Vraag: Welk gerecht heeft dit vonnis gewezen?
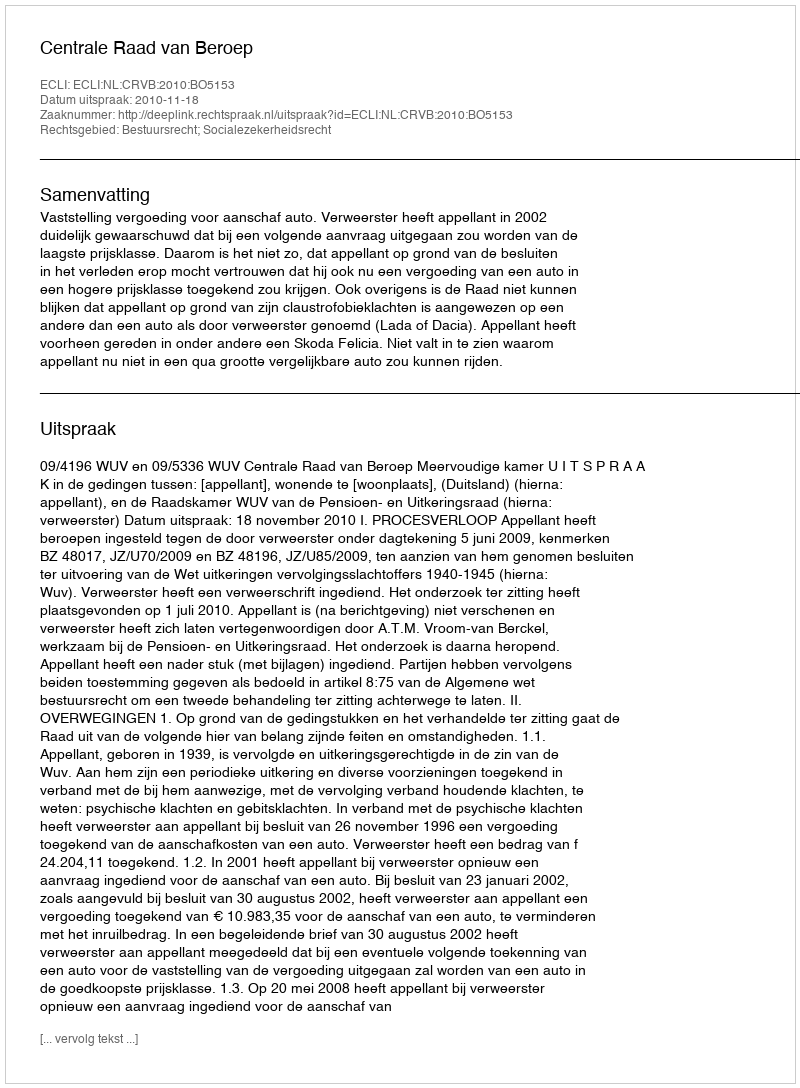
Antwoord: Centrale Raad van Beroep